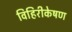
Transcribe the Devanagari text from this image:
विहिरीकेषण